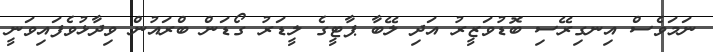
ނަމަވެސް އިނގިރޭސި ބޮޑުވަޒީރު އަދި ލޭބާ ޕާޓީގެ ލީޑަރު ގޯޑަން ބްރައުން ވިދާޅުވެފައިވަނީ